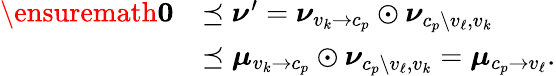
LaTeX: \begin{array}{rl}{\ensuremath{\boldsymbol{0}}}&{\preceq\boldsymbol{\nu}^{\prime}=\boldsymbol{\nu}_{v_{k}\to c_{p}}\odot\boldsymbol{\nu}_{c_{p}\setminus v_{\ell},v_{k}}}\\ &{\preceq\boldsymbol{\mu}_{v_{k}\to c_{p}}\odot\boldsymbol{\nu}_{c_{p}\setminus v_{\ell},v_{k}}=\boldsymbol{\mu}_{c_{p}\to v_{\ell}}.}\end{array}